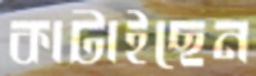
কাটাইছেন